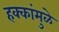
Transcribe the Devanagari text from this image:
हक्कांमुळे